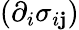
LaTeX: (\partial_{i}\sigma_{i\mathbf{j}})